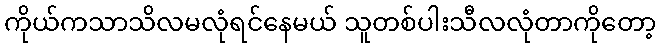
ကိုယ်ကသာသိလမလုံရင်နေမယ် သူတစ်ပါးသီလလုံတာကိုတော့